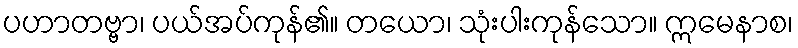
ပဟာတဗ္ဗာ၊ ပယ်အပ်ကုန်၏။ တယော၊ သုံးပါးကုန်သော။ ဣမေနာစ၊